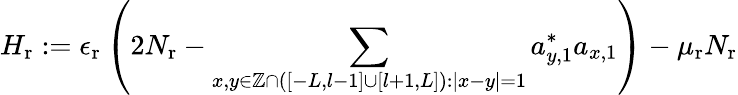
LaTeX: H_{\mathrm{r}}:=\epsilon_{\mathrm{r}}\left(2N_{\mathrm{r}}-\sum_{x,y\in\mathbb{Z}\cap\left(\left[-L,l-1\right]\cup\left[l+1,L\right]\right):\left\vert x-y\right\vert=1}a_{y,1}^{\ast}a_{x,1}\right)-\mu_{\mathrm{r}}N_{\mathrm{r}}